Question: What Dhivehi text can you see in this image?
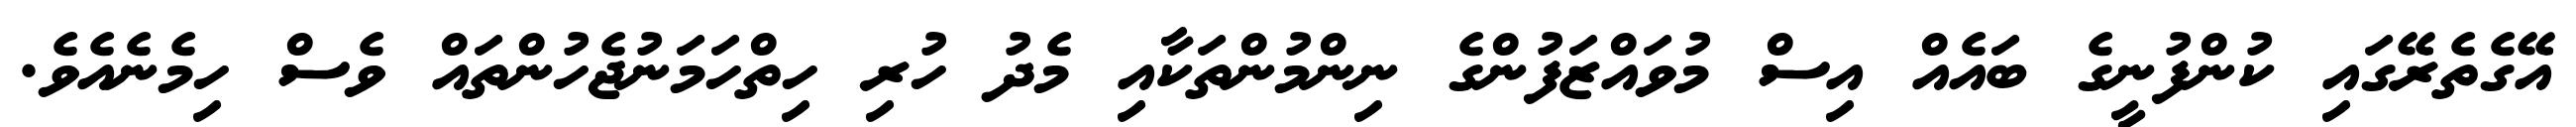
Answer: އޭގެތެރޭގައި ކުންފުނީގެ ބައެއް އިސް މުވައްޒަފުންގެ ނިންމުންތަކާއި މެދު ހުރި ހިތްހަމަނުޖެހުންތައް ވެސް ހިމެނެއެވެ.